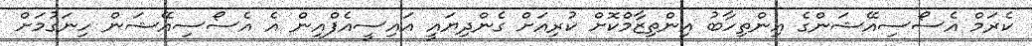
ކެރަމް އެސޯސިއޭޝަންގެ އިންތިހާބު އިންތިޒާމްކޮށް ކުރިއަށް ގެންދިޔައީ އައިސީއެފްއިން އެ އެސޯސިއޭޝަން ހިނަގުމަށް